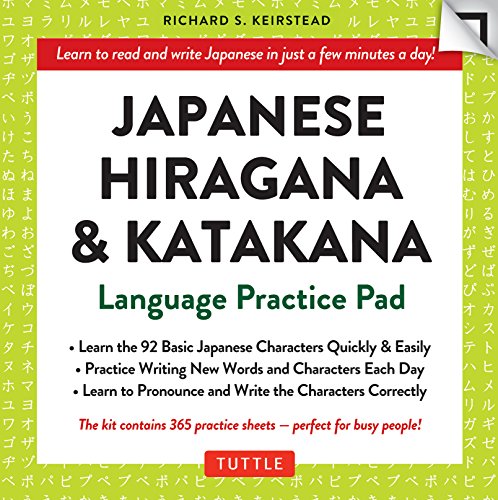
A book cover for Japanese Hiragana and Katakana Practice Pad; Richard S. Keirstead; Reference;